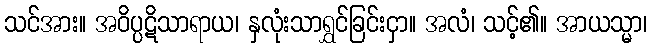
သင်အား။ အဝိပ္ပဋိသာရာယ၊ နှလုံးသာရွှင်ခြင်းငှာ။ အလံ၊ သင့်၏။ အာယသ္မာ၊